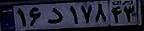
۱۶د۱۷۸۴۳